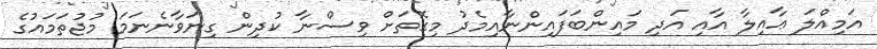
އަމިއްލަ ޢާއިލާ އާއި އަދި މައިންބަފައިންނާއިމެދު މިގޮތަށް ވިސްނާ ކުދިން ގިނަވާނެނަމަ މުޖުތަމައުގެ